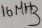
Text: 16 MHz